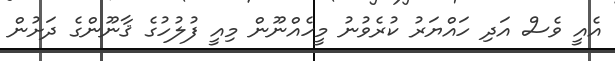
އެއީ ވެސް އަދި ހައްޔަރު ކުރެވުނު މީހެއްނޫން މިއީ ފުލުހުގެ ޤާނޫންގެ ދަށުން